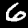
Label: 6